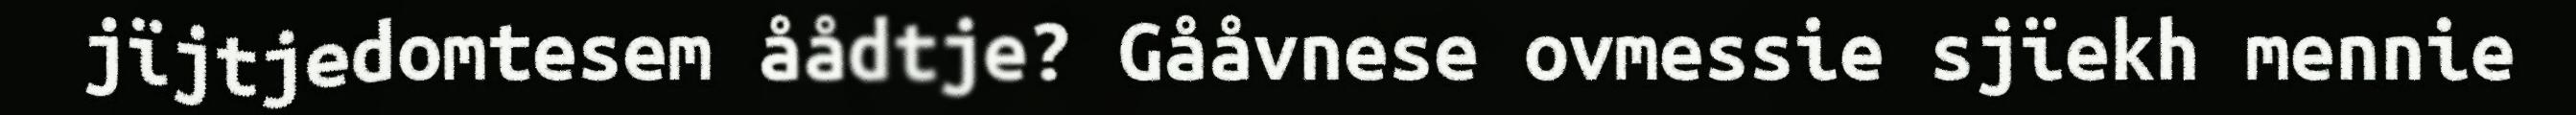
jïjtjedomtesem åådtje? Gååvnese ovmessie sjïekh mennie